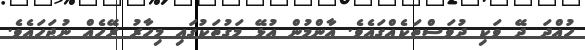
ހުއްދަ ދޭ ވަކި ދުވަސްތަކެއްގައެވެ. އާންމުން އުޅޭ މަގުތަކުގައި މިހާރު ރޭހެއް ނުޖަހައެވެ.